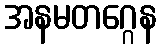
အနမတဂ္ဂေန